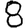
Digit: 8